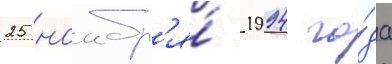
25 ноабр'я́ 1994 го́да